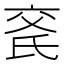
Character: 𬇍